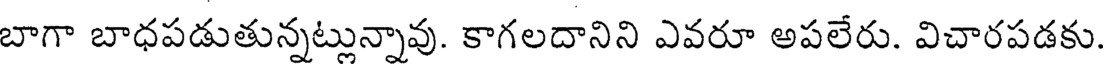
బాగా బాధపడుతున్నట్లున్నావు. కాగలదానిని ఎవరూ అపలేరు. విచారపడకు